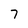
Character: 7